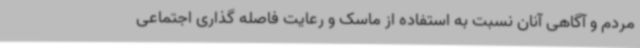
مردم و آگاهی آنان نسبت به استفاده از ماسک و رعایت فاصله گذاری اجتماعی